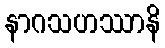
နာဂသဟဿာနိ